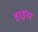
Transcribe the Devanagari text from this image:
हाइनर